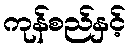
ကုန်စည်နှင့်